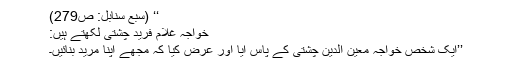
‘‘ (سبع سنابل: ص279)
خواجہ غلام فرید چشتی لکھتے ہیں:
’’ایک شخص خواجہ معین الدین چشتی کے پاس آیا اور عرض کیا کہ مجھے اپنا مرید بنائیں۔